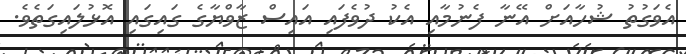
އެވަގުތު ޝުހާއަށް އޭނާ ފެނުމާއި އެކު ދުވެފައި އައިސް ޒާވްޔާގެ ގައިގައި އޮޅުލައިގަތެވެ.